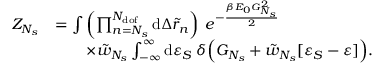
\begin{array} { r l } { Z _ { N _ { s } } } & { = \int { \left( \prod _ { n = N _ { s } } ^ { N _ { \mathrm { d o f } } } { \mathrm { d } \Delta \tilde { r } _ { n } } \right) \; e ^ { - \frac { \beta E _ { 0 } G _ { N _ { s } } ^ { 2 } } { 2 } } } } \\ & { \qquad \times \tilde { w } _ { N _ { s } } \int _ { - \infty } ^ { \infty } { \mathrm { d } \varepsilon _ { S } \; \delta \Big ( G _ { N _ { s } } + \tilde { w } _ { N _ { s } } [ \varepsilon _ { S } - \varepsilon ] \Big ) } . } \end{array}